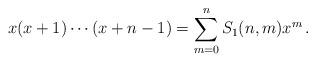
LaTeX: \begin{align*} x(x+1)\cdots(x+n-1)=\sum_{m=0}^n S_1(n,m)x^m\,. \end{align*}